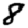
Digit: 8